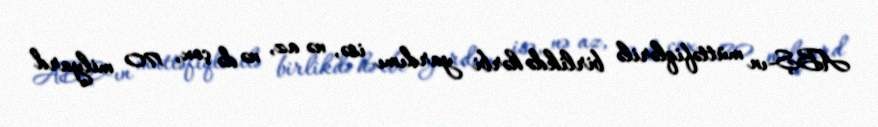
ABŞ-ın müttəfiqlərilə birlikdə hərbi yardımı isə, nə az, nə də çox, 170 milyard